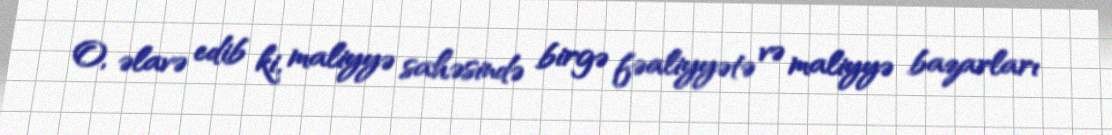
O, əlavə edib ki, maliyyə sahəsində birgə fəaliyyətə və maliyyə bazarları